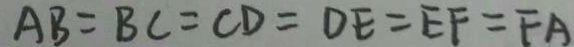
A B = B C = C D = D E = E F = F A